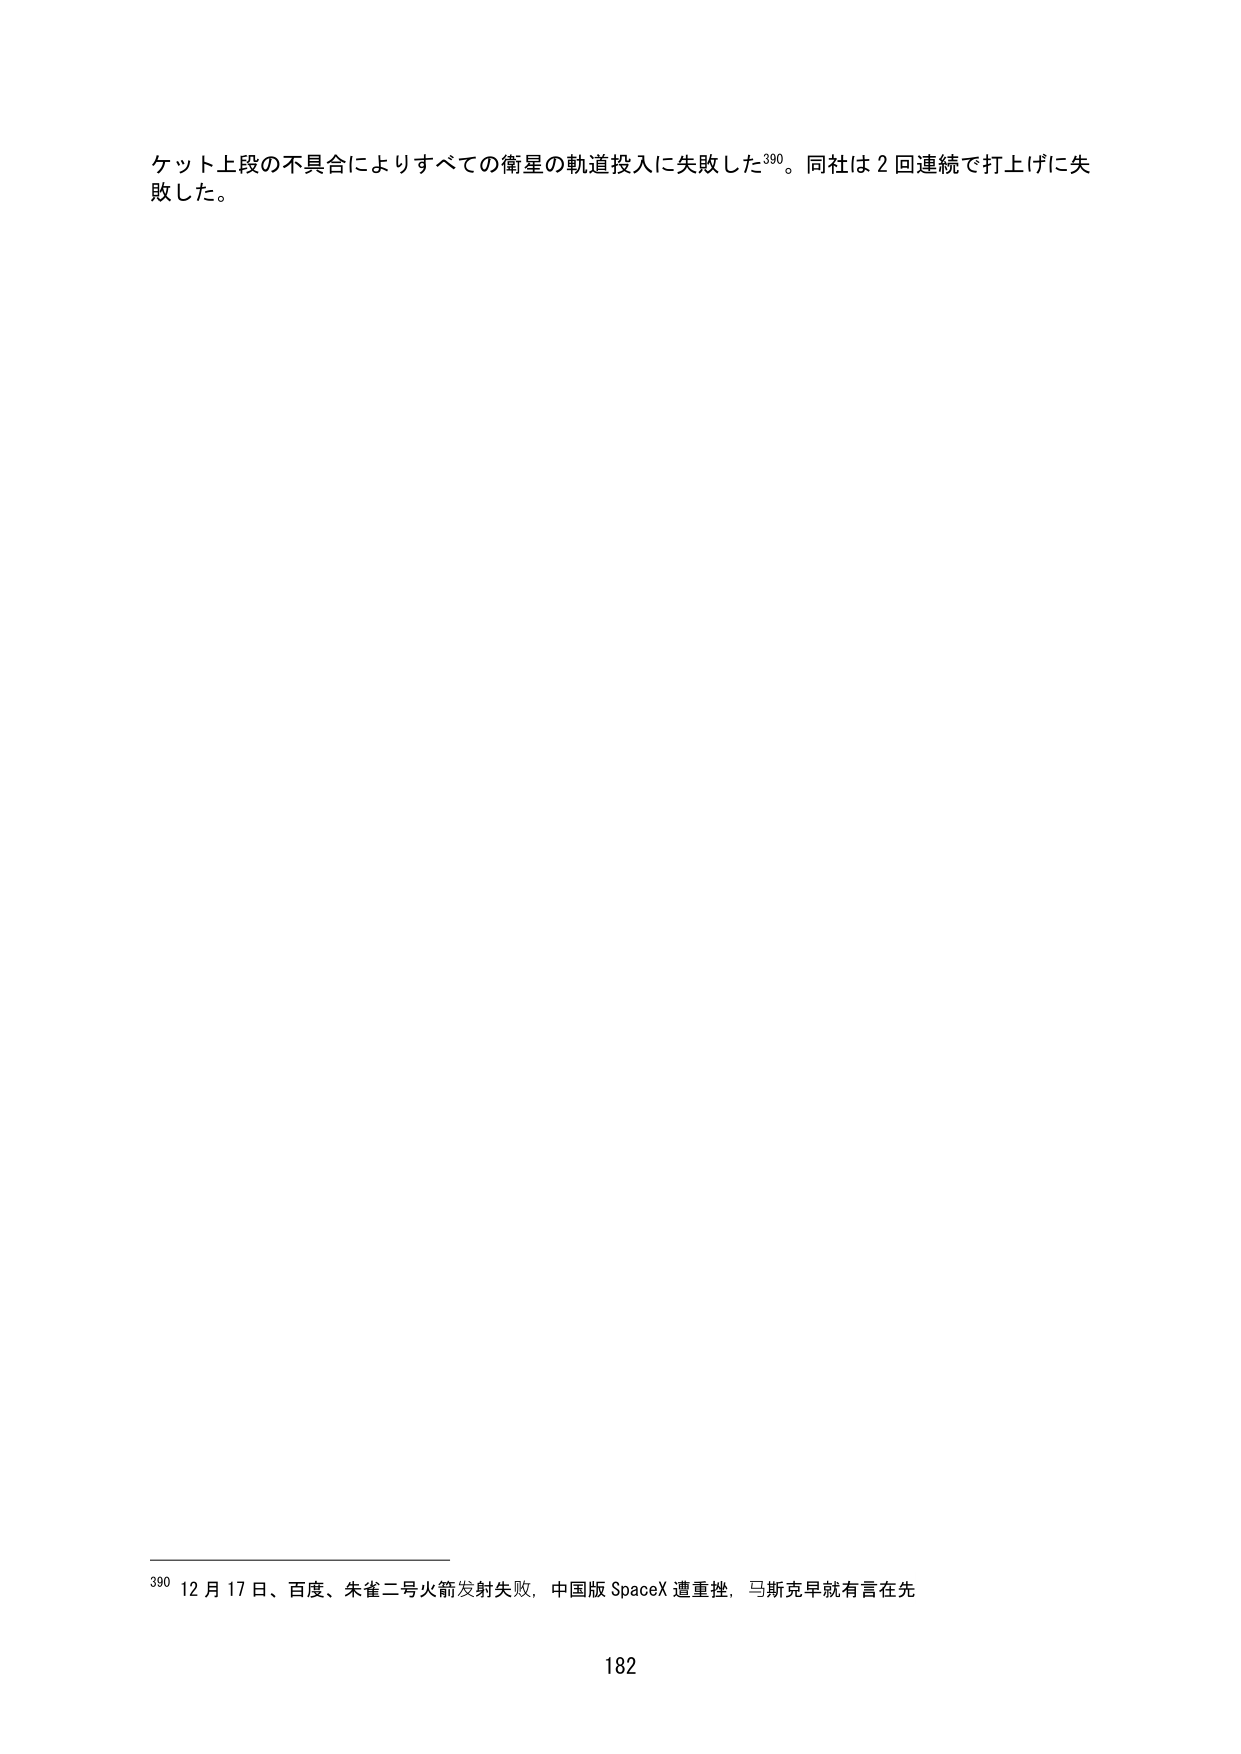
ケット上段の不具合によりすべての衛星の軌道投入に失敗した³⁹⁰。同社は２回連続で打上げに失敗した。

³⁹⁰ 12月17日、百度、朱雀二号火箭发射失败，中国版SpaceX遭重挫，马斯克早就有言在先

182